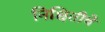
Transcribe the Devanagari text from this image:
निश्चितीचे